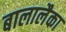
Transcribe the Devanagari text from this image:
बालालैका